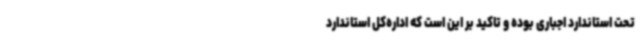
تحت استاندارد اجباری بوده و تاکید بر این است که اداره‌کل استاندارد